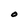
Character: O